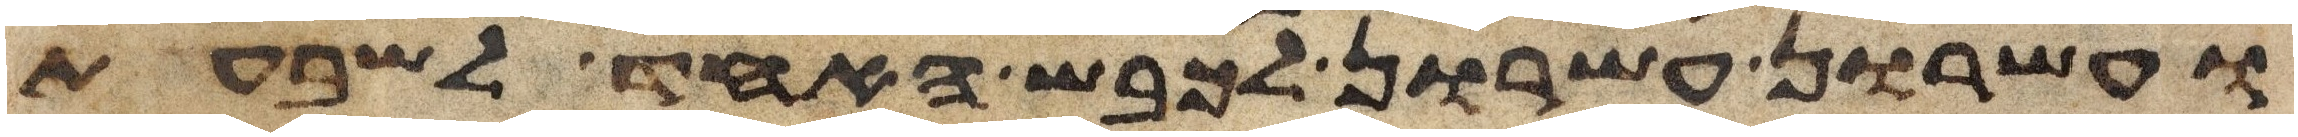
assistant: ועשרון עשרון לכבש האחד לשבעת